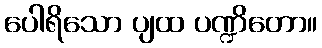
ပေါရိသော ပျထ ပဏ္ဍိတော။